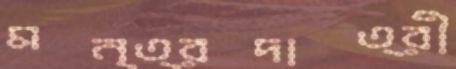
মন্ত্রদাত্রী